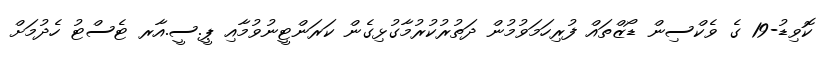
ކޮވިޑު-19 ގެ ވެކްސިން ޑޯޒްތައް ފުރިހަމަވުމުން ދަތުރުކުރުމާގުޅިގެން ކަރަންޓީނުވުމާއި ޕީ.ސީ.އާރ ޓެސްޓު ހެދުމަށް